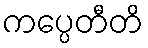
ကပ္ပေတီတိ